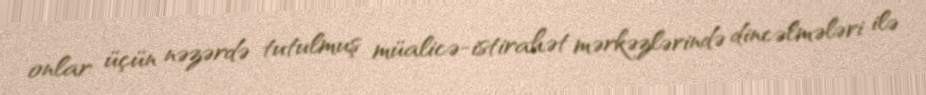
onlar üçün nəzərdə tutulmuş müalicə-istirahət mərkəzlərində dincəlmələri ilə